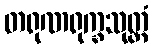
တရုဏရုက္ခသုတ္တံ